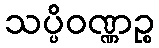
သပ္ပိဝဏ္ဏဉ္စ